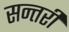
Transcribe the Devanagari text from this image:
सन्तरी